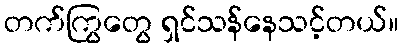
တက်ကြွတွေ ရှင်သန်နေသင့်တယ်။